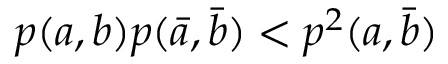
p ( a , b ) p ( \bar { a } , \bar { b } ) < p ^ { 2 } ( a , \bar { b } )